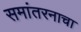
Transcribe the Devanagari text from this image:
समांतरनाचा